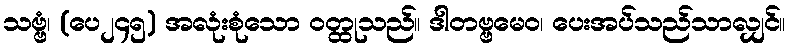
သဗ္ဗံ၊ (ပေ၂၄၅) အလုံးစုံသော ဝတ္ထုသည်။ ဒါတဗ္ဗမေဝ၊ ပေးအပ်သည်သာလျှင်။